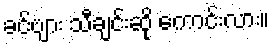
ခင်ဗျား သီချင်းဆို ကောင်းလား။